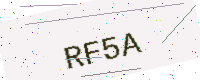
Text: RF5A